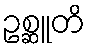
ဥစ္ဆူတိ